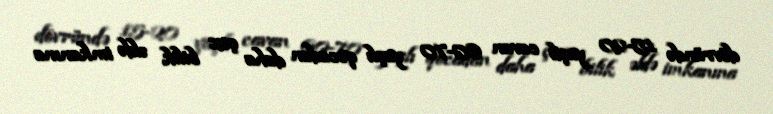
dövründə 15-20 yaşlı cavan 60-70 yaşlı qocadan daha çox bilik əldə imkanına